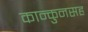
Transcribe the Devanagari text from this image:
कान्कुनसह